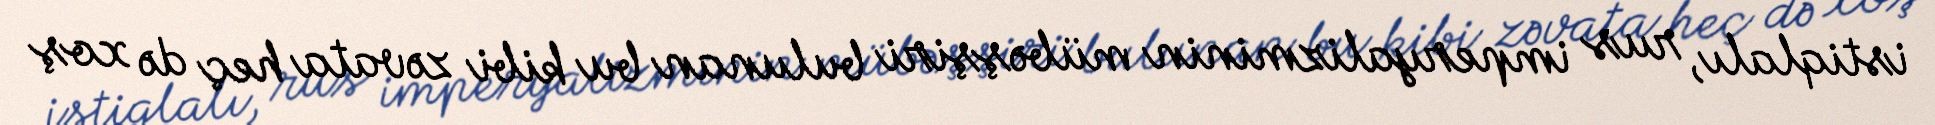
istiqlalı, rus imperyalizminin mübəşşiri bulunan bu kibi zəvata heç də xoş